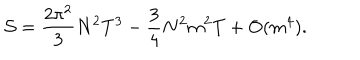
{ \cal S } = \frac { 2 \pi ^ { 2 } } { 3 } N ^ { 2 } T ^ { 3 } - \frac { 3 } { 4 } N ^ { 2 } m ^ { 2 } T + \mathrm { O } ( m ^ { 4 } ) .